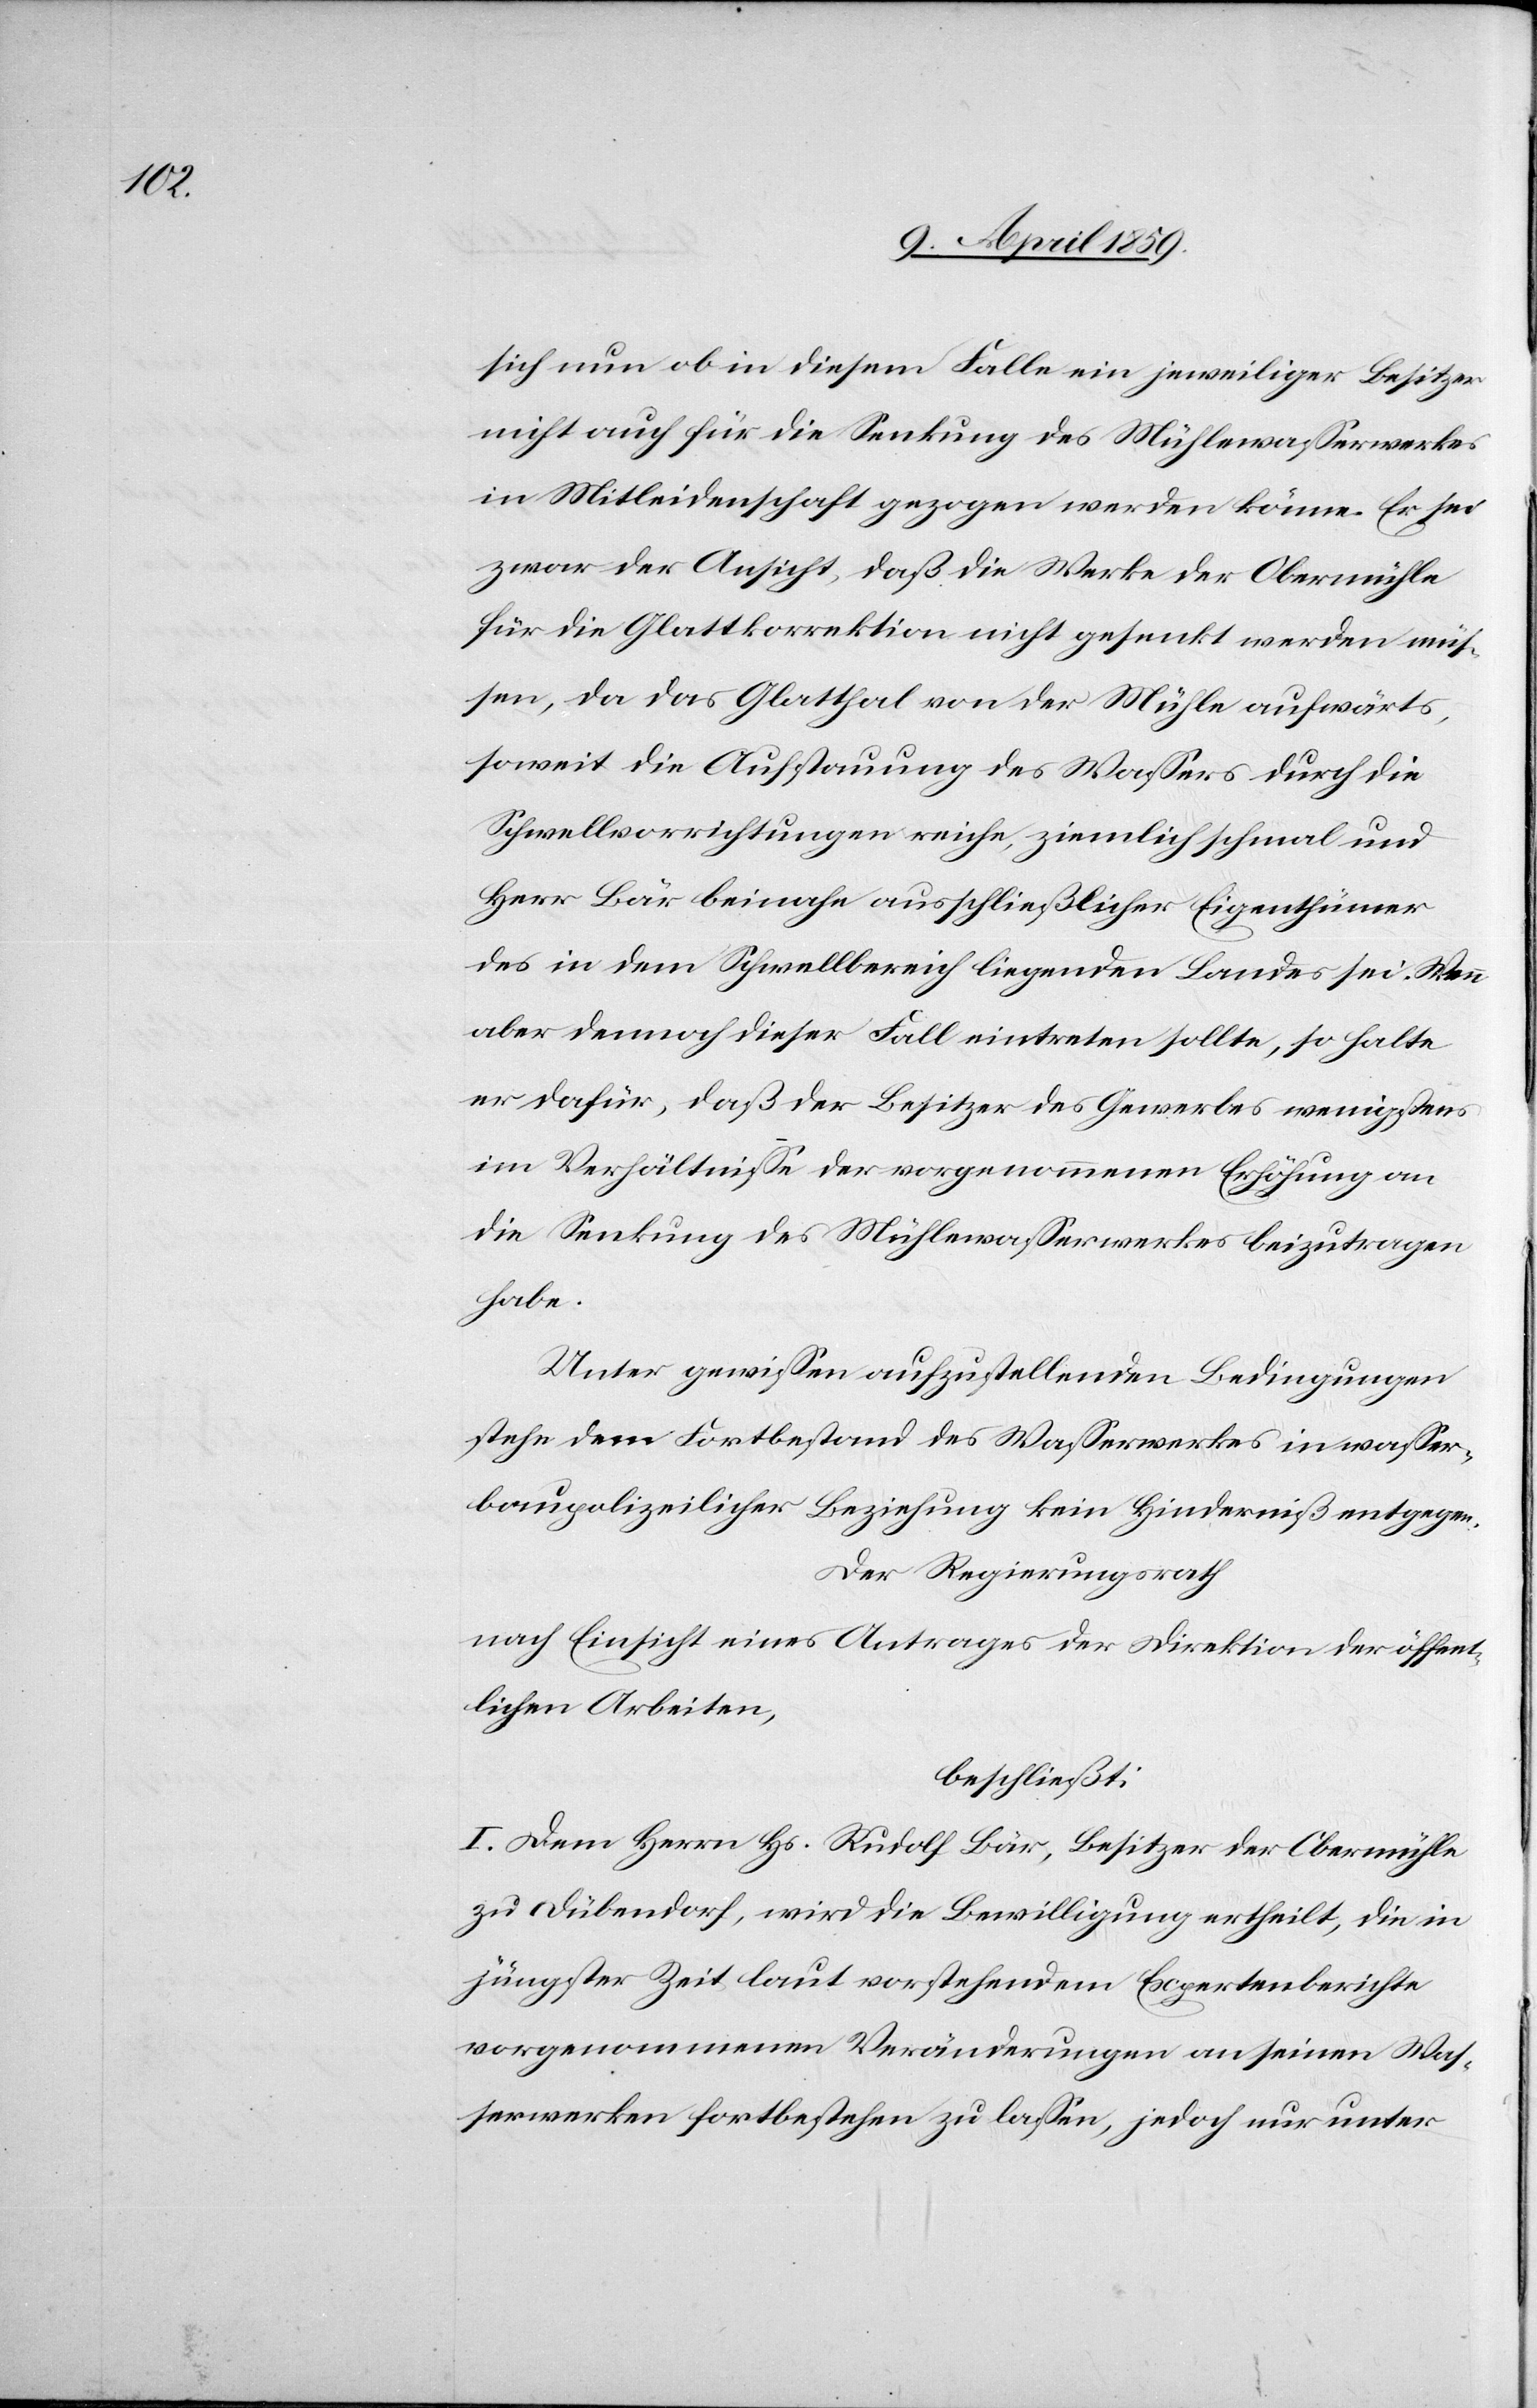
sich nun ob in diesem Falle ein jeweiliger Besitzer
nicht auch für die Senkung des Mühlewaßerwerkes
in Mitleidenschaft gezogen werden könne. Er sei
zwar der Ansicht, daß die Werke der Obermühle
für die Glattkorrektion nicht gesenkt werden müs¬
sen, da das Glatthal von der Mühle aufwärts,
soweit die Aufstauung des Waßers durch die
Schwellvorrichtungen reiche, ziemlich schmal und
Herr Bär beinahe ausschließlicher Eigenthümer
des in dem Schwellbereich liegenden Landes sei. Wenn
aber dennoch dieser Fall eintreten sollte, so halte
er dafür, daß der Besitzer des Gewerbes wenigstens
im Verhältniße der vorgenommenen Erhöhung an
die Senkung des Mühlewaßerwerkes beizutragen
habe.
Unter gewißen aufzustellenden Bedingungen
stehe dem Fortbestand des Waßerwerkes in waßer¬
baupolizeilicher Beziehung kein Hinderniß entgegen.
Der Regierungsrath
nach Einsicht eines Antrages der Direktion der öffent¬
lichen Arbeiten,
beschließt:
I. Dem Herrn Hs. Rudolf Bär, Besitzer der Obermühle
zu Dübendorf, wird die Bewilligung ertheilt, die in
jüngster Zeit laut vorstehendem Expertenberichte
vorgenommenen Veränderungen an seinen Was¬
serwerken fortbestehend zu laßen, jedoch nur unter